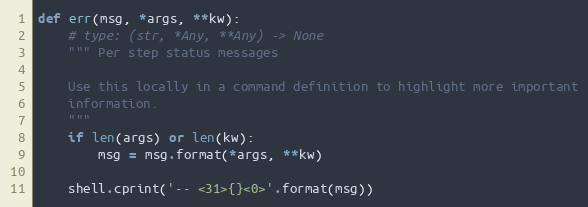
Language: Python
def err(msg, *args, **kw):
    # type: (str, *Any, **Any) -> None
    """ Per step status messages

    Use this locally in a command definition to highlight more important
    information.
    """
    if len(args) or len(kw):
        msg = msg.format(*args, **kw)

    shell.cprint('-- <31>{}<0>'.format(msg))